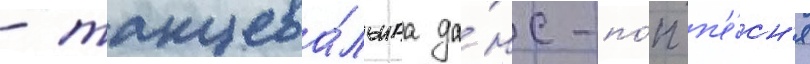
- танцева́льнаа да́нс-по́п п'е́сн'я